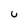
Character: U